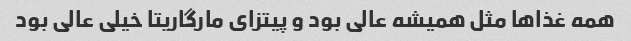
همه غذاها مثل همیشه عالی بود و پیتزای مارگاریتا خیلی عالی بود